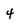
Character: 4